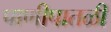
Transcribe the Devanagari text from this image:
पाणीपातळी